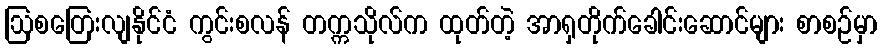
ဩစတြေးလျနိုင်ငံ ကွင်းစလန် တက္ကသိုလ်က ထုတ်တဲ့ အာရှတိုက်ခေါင်းဆောင်များ စာစဉ်မှာ